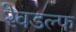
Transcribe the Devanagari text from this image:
रेवडल्फ